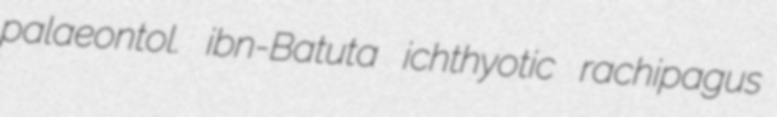
palaeontol. ibn-Batuta ichthyotic rachipagus